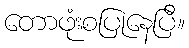
တောဖုံးစပြုနေပြီ။